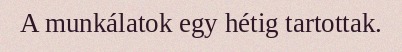
A munkálatok egy hétig tartottak.